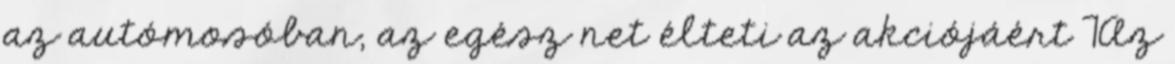
az autómosóban, az egész net élteti az akciójáért 7Az